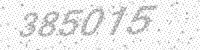
Solution: 385015